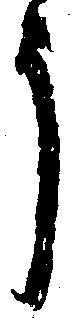
う